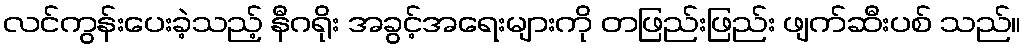
လင်ကွန်းပေးခဲ့သည့် နီဂရိုး အခွင့်အရေးများကို တဖြည်းဖြည်း ဖျက်ဆီးပစ် သည်။